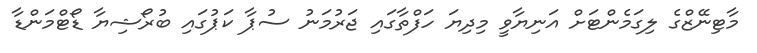
މާޓިނޭޒްގެ ލިގަމެންޓަށް އަނިޔާވީ މިދިޔަ ހަފްތާގައި ޖަރުމަނު ސުޕާ ކަޕުގައި ބުރޯޝިޔާ ޑޯޓްމަންޑާ